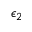
\epsilon _ { 2 }